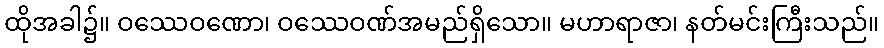
ထိုအခါ၌။ ဝဿေဝဏော၊ ဝဿေဝဏ်အမည်ရှိသော။ မဟာရာဇာ၊ နတ်မင်းကြီးသည်။